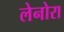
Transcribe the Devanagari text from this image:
लेनोरा